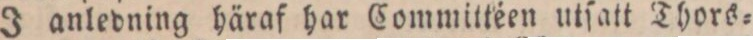
J anledning häraf har Committéen utſatt Thors=